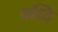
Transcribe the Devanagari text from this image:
वध्दि